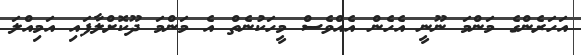
އަހަރެންގެ މަންމަ ނޫނީ އެހެން އެއްވެސް މީހަކުނެތް އެ މަންމަ ދޫކޮށްލާފައި އަމިއްލަ